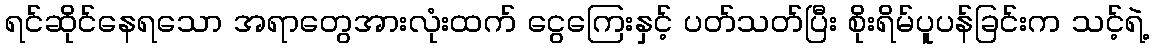
ရင်ဆိုင်နေရသော အရာတွေအားလုံးထက် ငွေကြေးနှင့် ပတ်သတ်ပြီး စိုးရိမ်ပူပန်ခြင်းက သင့်ရဲ့